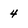
Character: 4